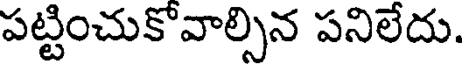
పట్టించుకొవాల్సిన పనిలేదు.